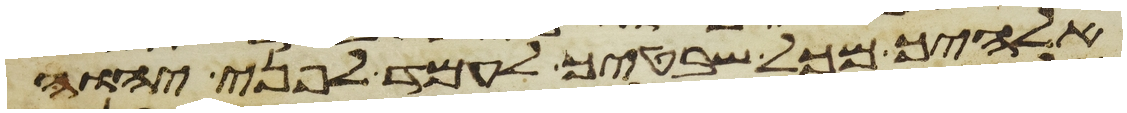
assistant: אלהיך מכל שבטיך לעמד לפני יהוה